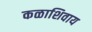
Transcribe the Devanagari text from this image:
कळाशिवाय